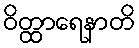
ဝိတ္ထာရေနာတိ